Indian Medical Review
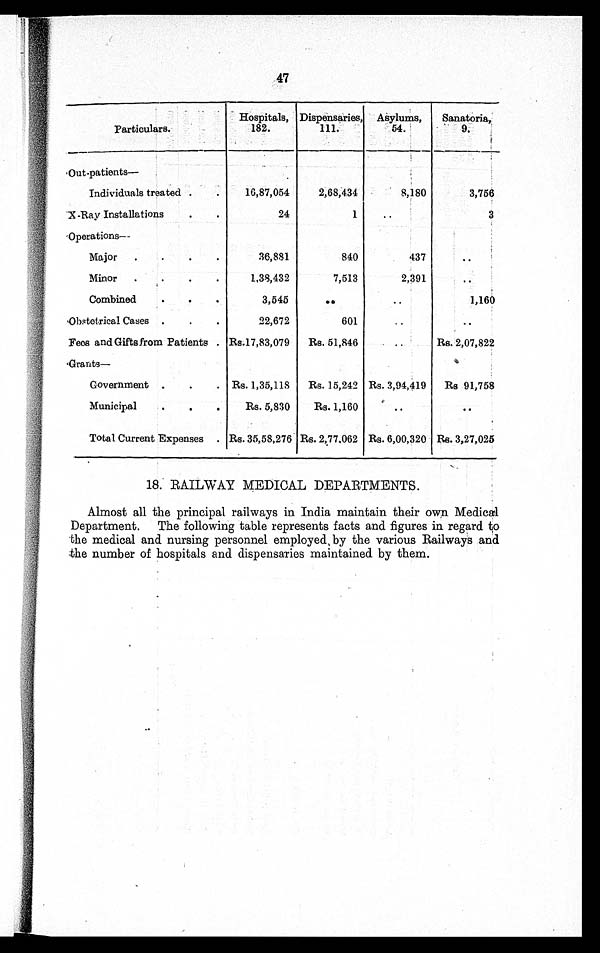
Particulars.
Hospitals,
182.
Dispensaries,
111.
Asylums,
54.
Sanatoria,
9.
Out-patients—
Individuals treated
. . .
16,87,054
2,68,434
8,180
3,756
X-Ray Installations
. . .
24
1
. . .
3
Operations—
Major
. . .
36,881
840
437
. . .
Minor
. . .
1,38,432
7,513
2,391
. . .
Combined
. . .
3,545
. . .
. . .
1,160
Obstetrical Cases
. . .
22,672
601
. . .
. . .
Fees and Gifts from Patients . . . Rs.17,83,079
Rs. 51,846
. . . Rs. 2,07,822
Grants—
Government
. . . Rs. 1,35,118
Rs. 15,242 Rs. 3,94,419
Rs 91,758
Municipal
. . .
Rs. 5,830
Rs. 1,160
. . .
. . .
Total Current Expenses . . . Rs. 35,58,276 Rs. 2,77,062 Rs. 6,00,320 Rs. 3,27,025
18. RAILWAY MEDICAL DEPARTMENTS.
Almost all the principal railways in India maintain their own Medical
Department. The following table represents facts and figures in regard to
the medical and nursing personnel employed by the various Railways and
the number of hospitals and dispensaries maintained by them.